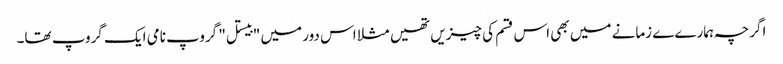
اگرچہ ہمارےے زمانے میں بھی اس قسم کی چیزیں تھیں مثلا اس دور میں "بیستل" گروپ نامی ایک گروپ تھا۔